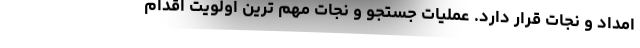
امداد و نجات قرار دارد. عملیات جستجو و نجات مهم ترین اولویت اقدام